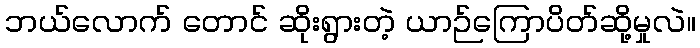
ဘယ်လောက် တောင် ဆိုးရွားတဲ့ ယာဉ်ကြောပိတ်ဆို့မှုလဲ။